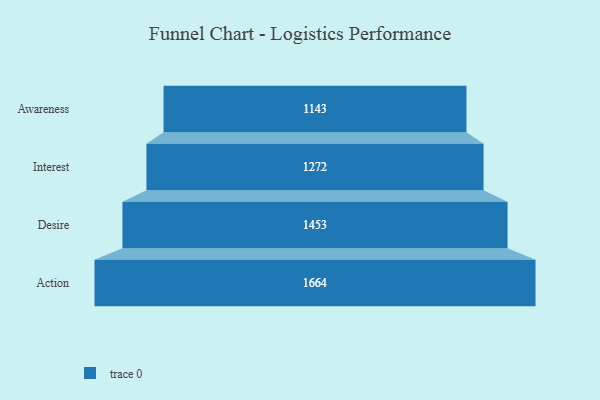
{"axis": {"x": "Stage", "y": "Value"}, "legend": [""], "data": [{"x": "Awareness", "y": 1143.0, "type": ""}, {"x": "Interest", "y": 1272.0, "type": ""}, {"x": "Desire", "y": 1453.0, "type": ""}, {"x": "Action", "y": 1664.0, "type": ""}]}